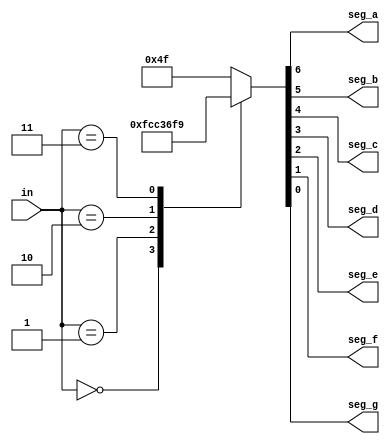
module seven_segment_cntrl
(
  input [2:0] in,
  output reg seg_a,seg_b,seg_c,seg_d,seg_e,seg_f,seg_g

                              );
reg [6:0] seg;
always @(*)
begin
seg={seg_a,seg_b,seg_c,seg_d,seg_e,seg_f,seg_g};
  case(in)
           3'b000: seg=7'b1111110;
           3'b001: seg=7'b0110000;
           3'b010: seg=7'b1101101;
           3'b011: seg=7'b1111001;
          default: seg=7'b1001111; 
  endcase
{seg_a,seg_b,seg_c,seg_d,seg_e,seg_f,seg_g}=seg;

end
endmodule